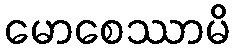
မောစေဿာမိ